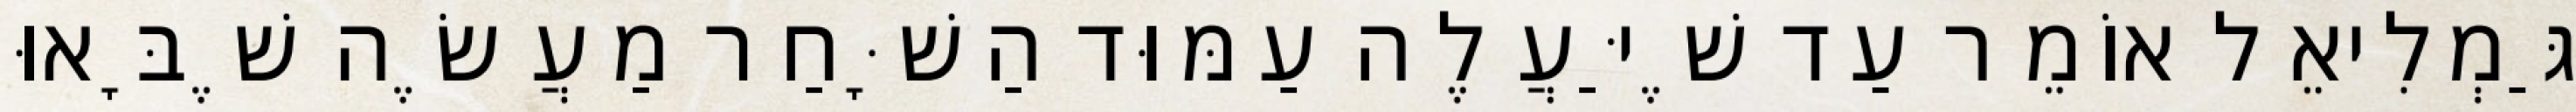
גַּמְלִיאֵל אוֹמֵר עַד שֶׁיַּעֲלֶה עַמּוּד הַשָּׁחַר מַעֲשֶׂה שֶׁבָּאוּ